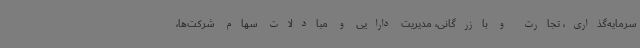
سرمایه‌گذاری، تجارت و بازرگانی، مدیریت دارایی و مبادلات سهام شرکت‌ها،